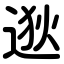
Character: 逖